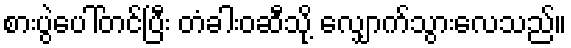
စားပွဲပေါ်တင်ပြီး တံခါးဝဆီသို့ လျှောက်သွားလေသည်။